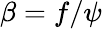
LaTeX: \beta=f/\psi